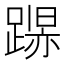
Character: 𲄁